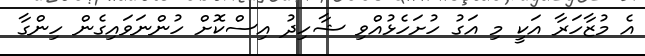
އެ މުޒާހަރާ އަކީ މި އަގު ހުށަހެޅުއްވި ޝާހިދު އިސްކޮށް ހުންނަވައިގެން ހިންގާ